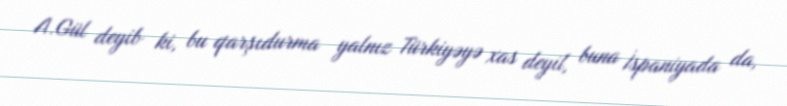
A.Gül deyib ki, bu qarşıdurma yalnız Türkiyəyə xas deyil, buna İspaniyada da,